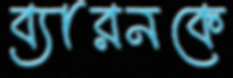
ব্যারনকে